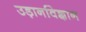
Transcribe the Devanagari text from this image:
उड़ानविज्ञान